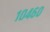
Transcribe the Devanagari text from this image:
१०४६०